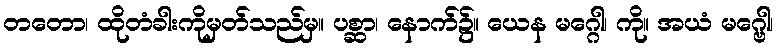
တတော၊ ထိုတံခါးကိုမှတ်သည်မှ။ ပစ္ဆာ၊ နောက်၌။ ယေန မဂ္ဂေါ၊ ကို။ အယံ မဂ္ဗေါ၊